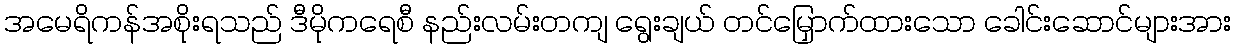
အမေရိကန်အစိုးရသည် ဒီမိုကရေစီ နည်းလမ်းတကျ ရွေးချယ် တင်မြှောက်ထားသော ခေါင်းဆောင်များအား